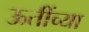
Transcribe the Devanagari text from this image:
ऊतींच्या